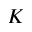
K